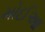
મોઈઆ